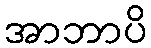
အာဘာပိ